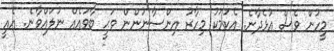
މީހުން ވެސް އުޅެދާނެ. އެކަމަކު މިހާރު އިންސާނުންން ވަޙީ ބާވައެއް ނުލައްވާނެ. އެއީ